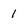
Character: 1